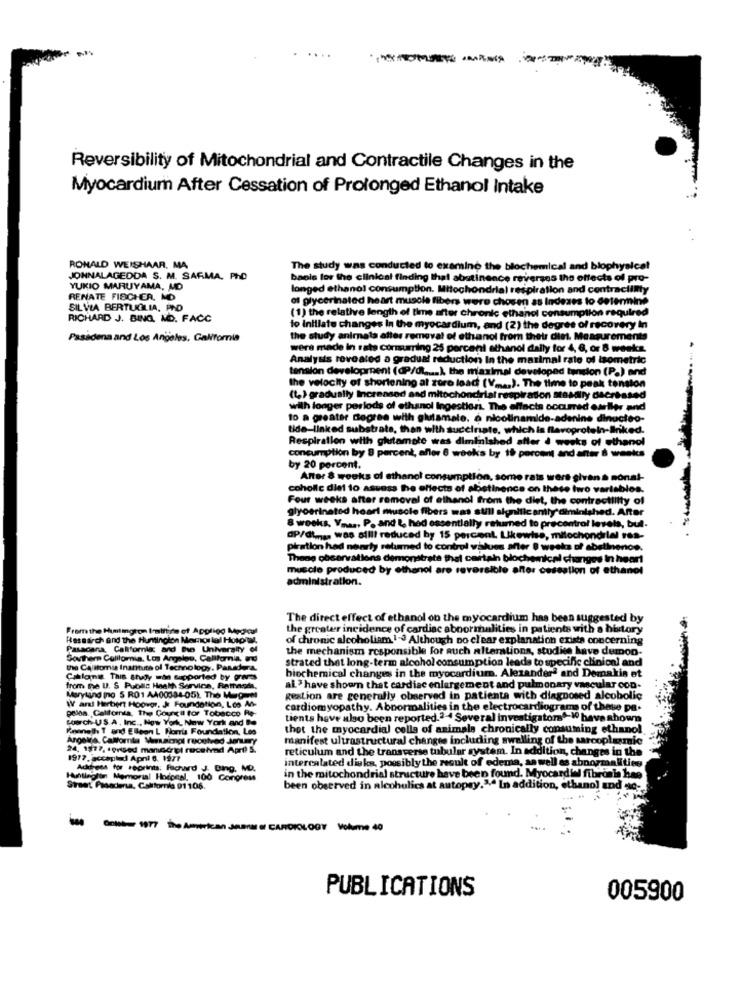
Reversibility of Mitochondrial and Contractile Changes in the
Myocardium After Cessation of Prolonged Ethanol Intake
RONALD WEISHAAR. MA
The study was conducted to examine the blochemical and biophyalcal
JONNALAGEDDA S. M. SARMA, PHD
baols los the clinical finding that abstinence reverzes the effects of pro-
YUKIO MARUYAMA, MD
longed ethanol consumption. Mitochondrial res
ation and contraclimity
RENATE FISCHER. MD
of glycerinated heart muscle fibers wer
chosen
dezes to determine
SIL VIA BERTUGLIA, PAD
ic ethan
paired
RICHARD J. BING, MD. FACC
(1) the relative length of time after chr
pllon
to Initiate changes in the myocardium, and (2) th
agree of recovery In
Pasadena and Los Angeles, California
the study animals alles removal of etha
from
were made in rats commuring 25 percent ethanol dally for 4, 6, or 8 weeks.
Analysis revealed a gradual reduction In the matimal rato of isometric
tension development (@P/d .... ), the maximal d
ped tencion (P.) and
the velocity of shortening at zero load (V .... ). The time to peak tension
(t) gradually Increased and mitochondrial respiration staMary decreased
wilh longer porlods of ethanol Ingestion
to a greater degree with glutamate. a nicolinamide-adenine dinucleo-
ine dinucleo
tide-linked substrate, than with succinate, which is flavoprotein-Iliked.
Respiration with glutamate was diminished afler 4 weeks of ethanol
consumption by 8 percent, allor 8 weeks by 16 percent and anır 6 weeks
by 20 percent.
Anter & weeks of ethanol consumption,
me rats were given à monal-
coholic diet to assess the effects of alo
linence on these two variables.
Four weeks after removal of ethanol from the diet, the contractlitty of
glycerinated heart muscle fibers was sull significantly diminished. After
8 weeks. Vi .., P. and L, hed essentially returned to precontrol levels, but.
OP/GL .... was sill! reduced by 15 percent. Likewise, mitochondrial vos-
piration had nearly retumed to control values after 8 weeks of abstinence.
Thene observations demonstrate that certain biochemical changes in hear
muscle produced by ethanol are reve
sible after cessation of ethanol
administration.
The direct effect of ethanol on the myocardium has been suggested by
From the Huntington Imatitre of Applied Medical
the greater incidence of cardiac abnormalities in patients with a history
Research and the Huntington Memorial Hospital,
of chronic alcoholism 1-3 Although Do clear explanation existe concerning
Passcara, California: and Due University of
the mechanism responsible for auch alterations, studies have demon-
Southern California, Los Angeles, California, Fd
strated that long-term alcohol consumption leads to specific clinical and
the Calltomis Institute of Technology, Panadera.
Cablomin This study was supported by Pers
biochemical changes in the myocardium. Alexanderª and Demakis et
from the U. S Public Health Service, Rathagde,
al> have shown that cardiac enlargement and pulmonary vascular con-
Maryland (no 5 RO1 A400384-05). The Mag
gestion are generally observed in patients with diagnosed alcoholic
W ant Herbert Hoover, J Foundation, Les An-
pelos. California, The Courca for Tobacco Re-
cardiomyopathy. Abnormalities in the electrocardiograma of those pa.
Lurch US.A. Inc ., New York, New York and Be
tients have also been reported.2-4 Several investigator-Wo have shown
Kenneth T and Elleon L Porris Foundation, Les
thet the myocardial colle of animals chronically consuming ethanol.
Argolla, Calloria Macnot received January
manifest ultrastructural changes including swelling of the sarcoplasmic
24, 1977, priced manuscript received April S.
reticulum and the transverse tubular system. In addition, changes in the
1977. accapiad Apri 6. 1977
intercalated disks, possibly the result of edema, aswell as abnormalities
Address for reprints: Richard J. Bing, MD.
Hunliegtin Memorial Hodceal, 100 Congress
in the mitochondrial structure have been found. Myocardial fibrosis hae
Straat Pasadena, California 01 106.
been observed in alcoholics at autopay."ª In a
, ethano) and c
PUBLICATIONS
005900